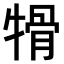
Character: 𤚱